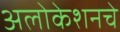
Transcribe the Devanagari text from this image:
अलोकेशनचे